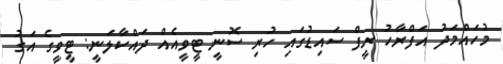
މުހައްމަދު އަފްރާހު ރީފް ސައިޑުގައި ހުރި ސޮނީ ޓީވީއެއް ދައްކާލަނީ: ޓީވީގެ އަގު